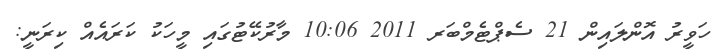
ހަވީރު އޮންލައިން 21 ސެޕްޓެމްބަރ 2011 10:06 މާރުކޭޓުގައި މީހަކު ކަރައެއް ކިރަނީ: